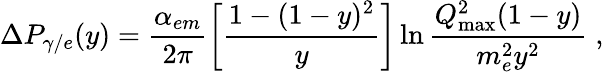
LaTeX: \Delta P_{\gamma/e}(y)=\frac{\alpha_{em}}{2\pi}\left[\frac{1-(1-y)^{2}}{y}\right]\ln\frac{Q_{\mathrm{max}}^{2}(1-y)}{m_{e}^{2}y^{2}}\; ,